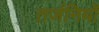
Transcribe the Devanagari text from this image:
तर्जनियों